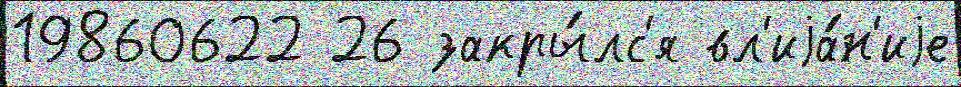
19860622 26 закры́лс'я вл'иjа́н'иjе